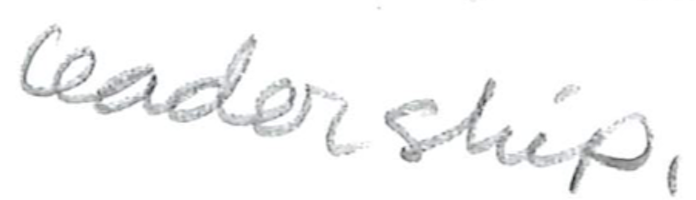
Text: leadership.
Cross-out: clean
Writing tool: pencil